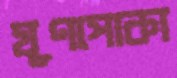
ঘূণপোকা